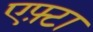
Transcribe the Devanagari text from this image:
एफ़्टा